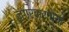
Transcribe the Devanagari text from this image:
नगरकरांच्या